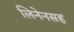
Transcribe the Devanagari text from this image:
लिनेनसह